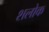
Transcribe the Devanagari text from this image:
शलोक